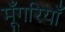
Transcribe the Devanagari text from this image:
मूँगरियाँ